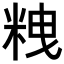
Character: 𥹞